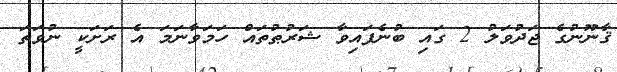
ޤާނޫނުގެ ޖަދުވަލު 2 ގައި ބުނެފައިވާ ޝަރުޠުތައް ހަމަވާނަމަ އެ ރަށަކީ ނުވަތަ